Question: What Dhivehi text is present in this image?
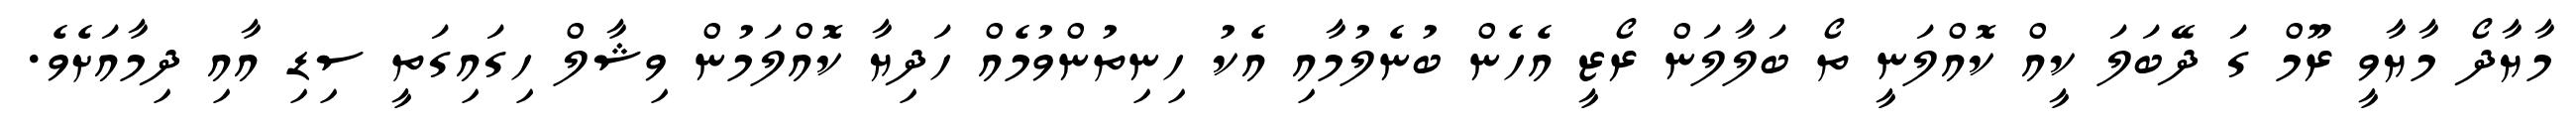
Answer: މާޔާދޯ މާޔާވީ ރޫމް ގަ ދޭބަލަ ކީއް ކޮއްލަނީ ތޯ ބަލާލަން ރޯޒީ އެހެން ބުނެލުމާއި އެކު ހިނިތުންވުމެއް ހަދިޔާ ކޮއްލަމުން ވިޝާލް ހިގައިގަތީ ސިޑި އާއި ދިމާއަށެވެ.